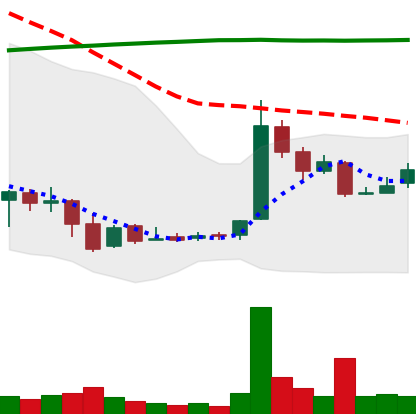
Ticker: LTC-USD
Chart end date: 2016-08-30
Forward return: 5.53%
Label: up_5_7